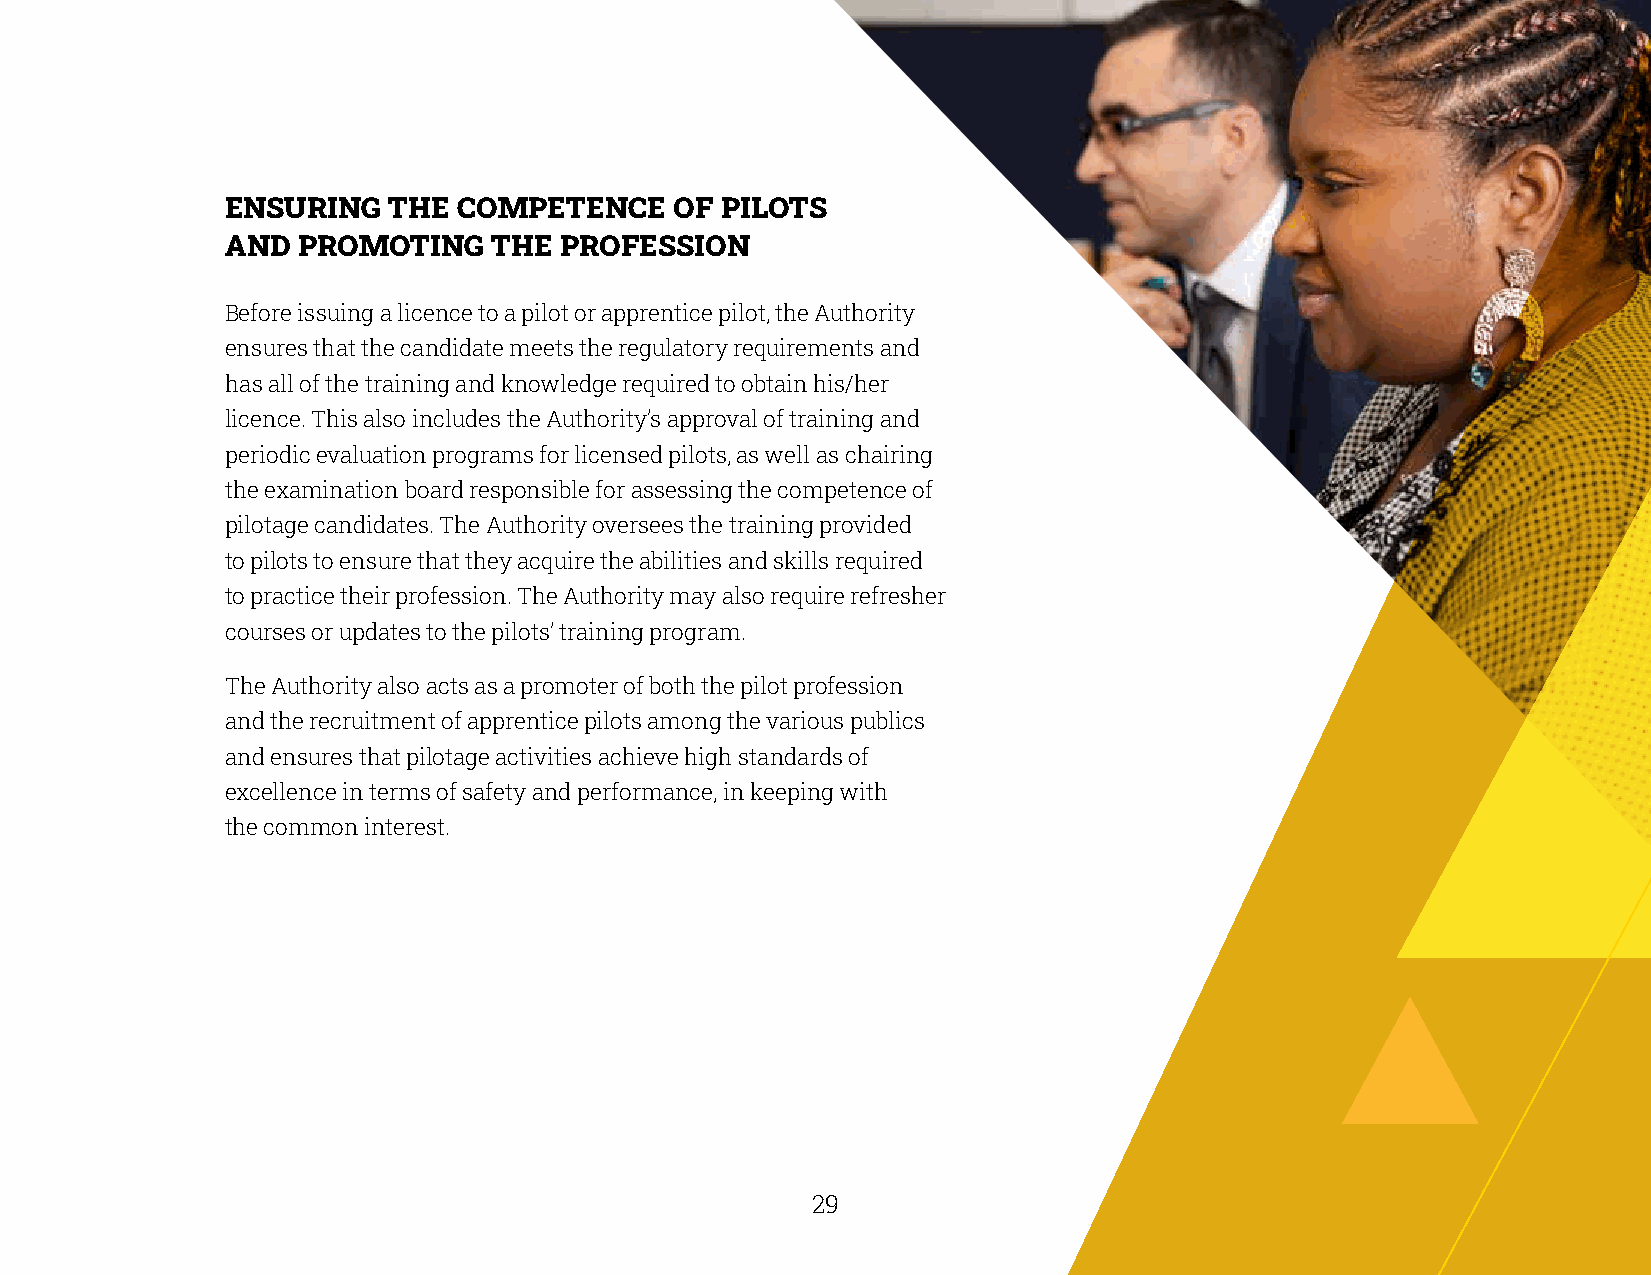
ENSURING   THE COMPETENCE     OF PILOTS
 AND  PROMOTING   THE  PROFESSION
 Before issuing a licence to a pilot or apprentice pilot, the Authority
 ensures that the candidate meets the regulatory requirements and
 has all of the training and knowledge required to obtain his/her
 licence. This also includes the Authority’s approval of training and
 periodic evaluation programs for licensed pilots, as well as chairing
 the examination board responsible for assessing the competence of
 pilotage candidates. The Authority oversees the training provided
 to pilots to ensure that they acquire the abilities and skills required
 to practice their profession. The Authority may also require refresher
 courses or updates to the pilots’ training program.
 The Authority also acts as a promoter of both the pilot profession
 and the recruitment of apprentice pilots among the various publics
 and ensures that pilotage activities achieve high standards of
 excellence in terms of safety and performance, in keeping with
 the common interest.
 28                                                    29